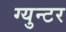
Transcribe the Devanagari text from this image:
ग्युन्टर